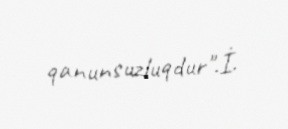
qanunsuzluqdur".İ.